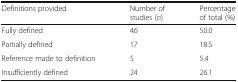
<table><thead><tr><td><b>Definitions provided</b></td><td><b>Number of studies (<i>n</i>)</b></td><td><b>Percentage of total (%)</b></td></tr></thead><tbody><tr><td>Fully defined</td><td>46</td><td>50.0</td></tr><tr><td>Partially defined</td><td>17</td><td>18.5</td></tr><tr><td>Reference made to definition</td><td>5</td><td>5.4</td></tr><tr><td>Insufficiently defined</td><td>24</td><td>26.1</td></tr></tbody></table>